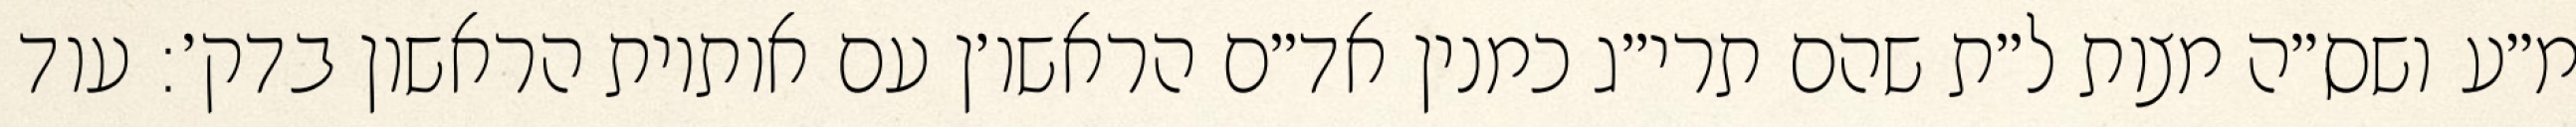
מ״ע ושס״ה מצות ל״ת שהם תרי״ג כמנין אד״ם הראשו׳ן עם אותיות הראשון בדק׳: עוד